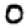
Digit: 0